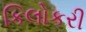
કિલોકરી